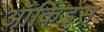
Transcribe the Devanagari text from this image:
ऑर्किड्‌स